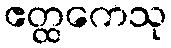
ဧတ္ထကေသု